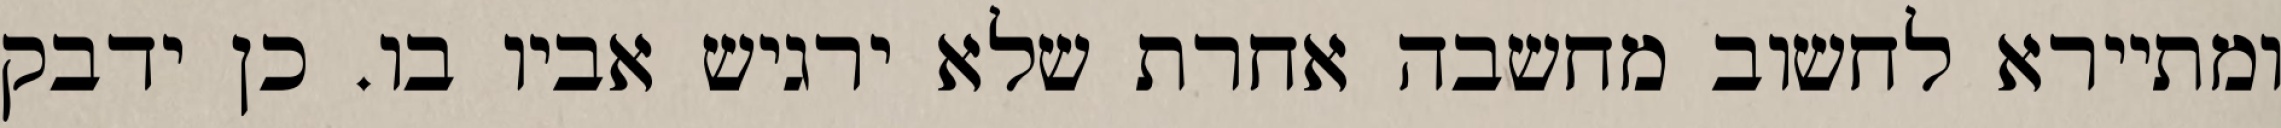
ומתיירא לחשוב מחשבה אחרת שלא ירגיש אביו בו. כן ידבק